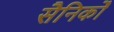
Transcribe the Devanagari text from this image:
सैनिकोँ